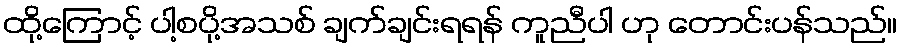
ထို့ကြောင့် ပါ့စပို့အသစ် ချက်ချင်းရရန် ကူညီပါ ဟု တောင်းပန်သည်။